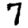
Digit: 7